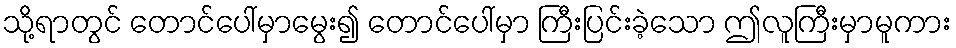
သို့ရာတွင် တောင်ပေါ်မှာမွေး၍ တောင်ပေါ်မှာ ကြီးပြင်းခဲ့သော ဤလူကြီးမှာမူကား